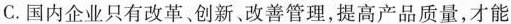
C.国内企业只有改革、创新、改善管理，提高产品质量，才能